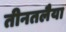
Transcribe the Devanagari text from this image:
तीनतलैया